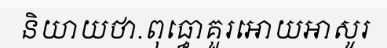
និយាយថា.ពុធ្ធោគួរអោយអាសូរ